Materia medica of Madras volume I
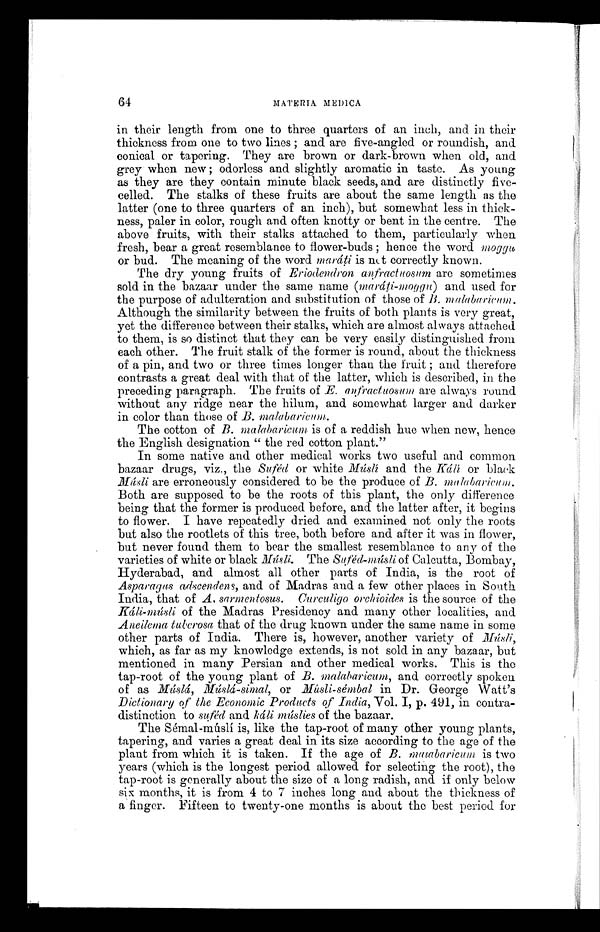
64
MATERIA MEDICA
in their length from one to three quarters of an inch, and in their
thickness from one to two lines; and are five-angled or roundish, and
conical or tapering. They are brown or dark-brown when old, and
grey when new; odorless and slightly aromatic in taste. As young
as they are they contain minute black seeds, and are distinctly five-
celled. The stalks of these fruits are about the same length as the
latter (one to three quarters of an inch), but somewhat less in thick-
ness, paler in color, rough and often knotty or bent in the centre. The
above fruits, with their stalks attached to them, particularly when
fresh, bear a great resemblance to flower-buds; hence the word moggu
or bud. The meaning of the word maráti is not correctly known.
The dry young fruits of Eriodendron anfractuosum are sometimes
sold in the bazaar under the same name (maráti-moggu) and used for
the purpose of adulteration and substitution of those of B. malabaricum,
Although the similarity between the fruits of both plants is very great,
yet the difference between their stalks, which are almost always attached
to them, is so distinct that they can be very easily distinguished from
each other. The fruit stalk of the former is round, about the thickness
of a pin, and two or three times longer than the fruit; and therefore
contrasts a great deal with that of the latter, which is described, in the
preceding paragraph. The fruits of E. anfractuosum are always round
without any ridge near the hilum, and somewhat larger and darker
in color than those of B. malabaricum.
The cotton of B. malabaricum is of a reddish hue when new, hence
the English designation "the red cotton plant."
In some native and other medical works two useful and common
bazaar drugs, viz., the Suféd or white Múslí and the Káli or black
Músli are erroneously considered to be the produce of B. malabaricum.
Both are supposed to be the roots of this plant, the only difference
being that the former is produced before, and the latter after, it begins
to flower. I have repeatedly dried and examined not only the roots
but also the rootlets of this tree, both before and after it was in flower,
but never found them to bear the smallest resemblance to any of the
varieties of white or black Músli. TheS u f é d - m ú s l i
o f C a l c u t t a , B o m b a y ,
Hyderabad, and almost all other parts of India, is the root of
Asparagus adscendens, and of Madras and a few other places in South
India, that of A, sarmentosus. Curculigo orchioides is the source of the
Káli-músli of the Madras Presidency and many other localities, and
Aneilema tuberosa that of the drug known under the same name in some
other parts of India. There is, however, another variety of
which, as far as my knowledge extends, is not sold in any bazaar, but
mentioned in many Persian and other medical works. This is the
tap-root of the young plant of B. malabaricum, and correctly spoken
of as Múslá, Múslá-simal, or Músli-sémbal in Dr. George Watt's
Dictionary of the Economic Products of India, Vol. I, p. 491, in contra-
distinction to suféd and káli múslies of the bazaar.
The Sémal-múslí is, like the tap-root of many other young plants,
tapering, and varies a great deal in its size according to the age of the
plant from which it is taken. If the age of B. malabaricum is two
years (which is the longest period allowed for selecting the root), the
tap-root is generally about the size of a long radish, and if only below
six months, it is from 4 to 7 inches long and about the thickness of
a finger. Fifteen to twenty-one months is about the best period for